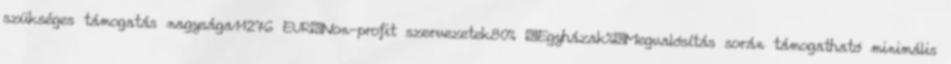
szükséges támogatás nagysága11276 EUR▪Non-profit szervezetek80% ▪Egyházak%▪Megvalósítás során támogatható minimális